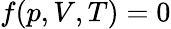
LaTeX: f(p,V,T)=0